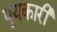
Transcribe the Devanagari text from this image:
पूयकारी